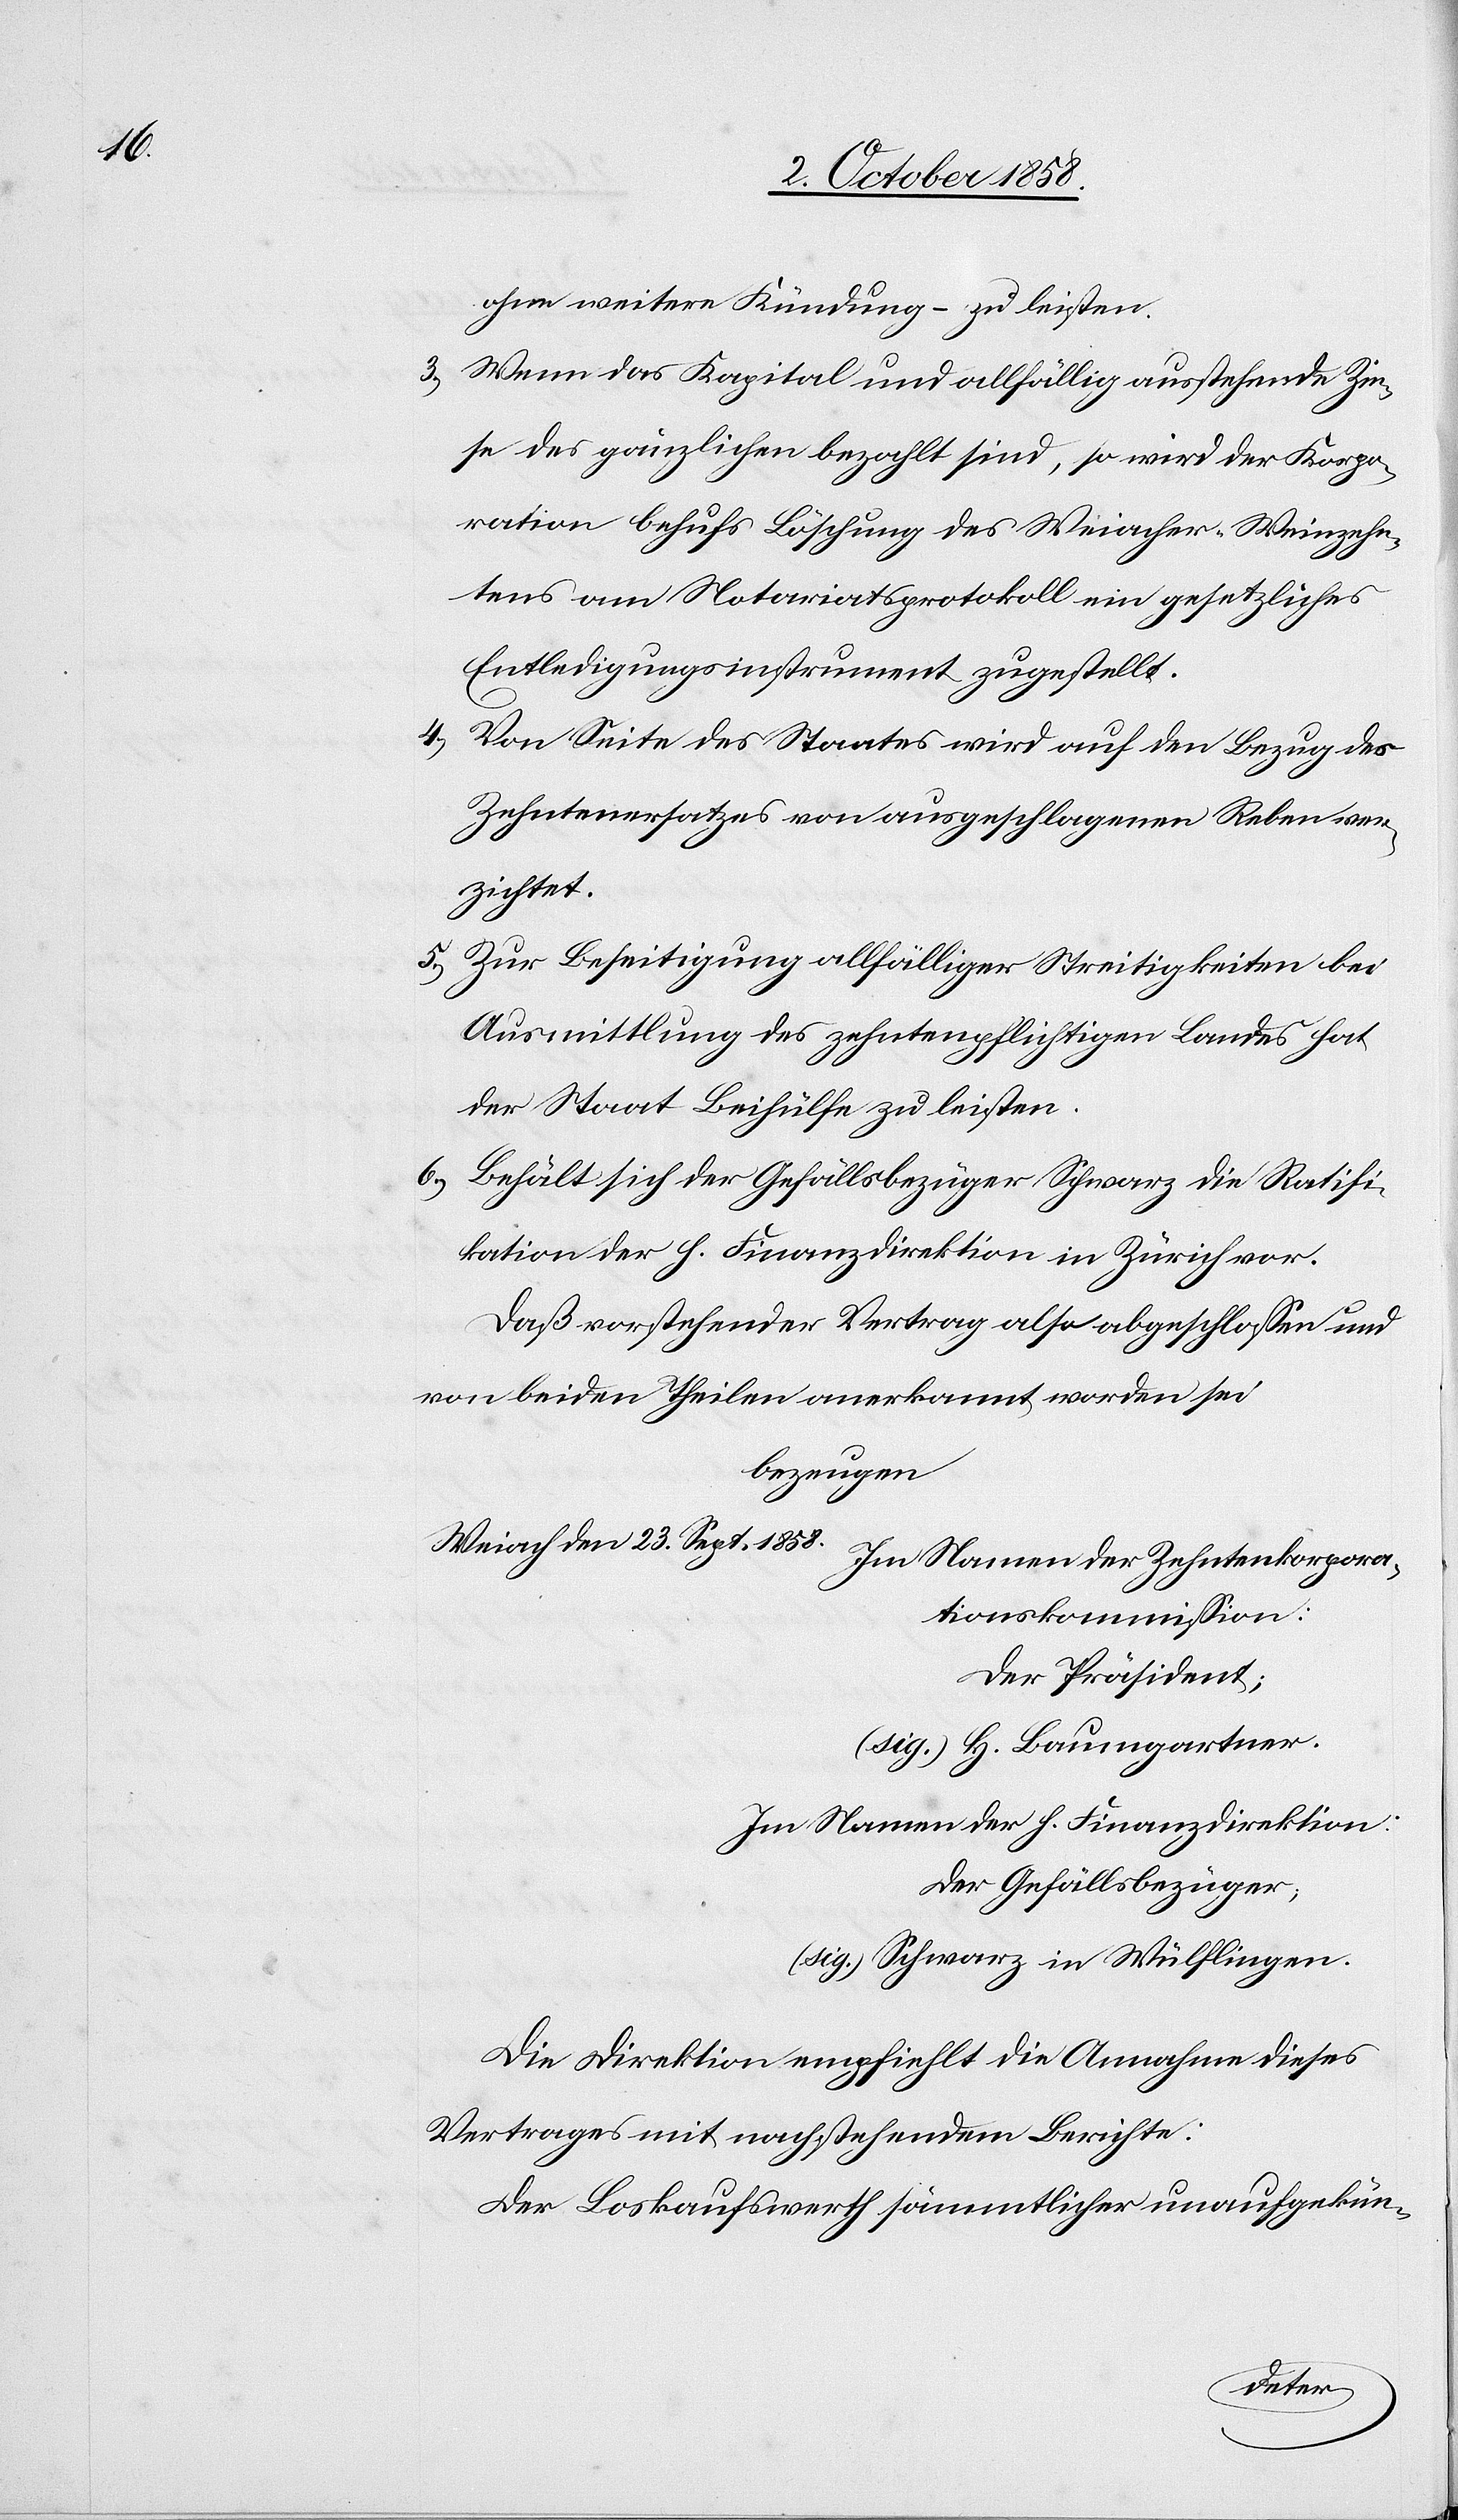
4.)

ohne weitere Kündung – zu leisten.
Wenn das Kapital und allfällig ausstehende Zin¬
se des gänzlichen bezahlt sind, so wird der Korpo¬
ration behufs Löschung des Weiacher-Weinzehn¬
tens am Notariatsprotokoll ein gesetzliches
Entledigungsinstrument zugestellt.
Von Seite des Staates wird auf den Bezug des
Zehntenersatzes von ausgeschlagenen Reben ver¬
zichtet.
Zur Beseitigung allfälliger Streitigkeiten bei
Ausmittlung des zehntenpflichtigen Landes hat
der Staat Beihülfe zu leisten.
Behält sich der Gefällsbezüger Schwarz die Ratifi¬
kation der h. Finanzdirektion in Zürich vor.
Daß vorstehender Vertrag also abgeschlossen und
von beiden Theilen anerkannt worden sei
bezeugen
Weiach den 23. Sept. 1858.
Im Namen der Zehntenkorpora¬
tionskommission:
Der Präsident;
(sig.) H. Baumgartner.
Im Namen der h. Finanzdirektion:
Der Gefällsbezüger;
(sig.) Schwarz in Wülflingen.
Die Direktion empfiehlt die Annahme dieses
Vertrages mit nachstehendem Berichte:
Der Loskaufswerth sämmtlicher unaufgekün-